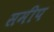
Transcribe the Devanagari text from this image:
समीप